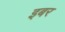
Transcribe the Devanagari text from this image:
इबर